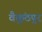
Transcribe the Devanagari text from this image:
वैकुंठपुर